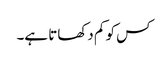
کس کو کم دکھاتا ہے۔